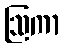
ဩကာ